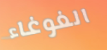
الغوغاء